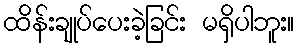
ထိန်းချုပ်ပေးခဲ့ခြင်း မရှိပါဘူး။